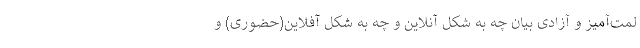
لمت‌آمیز و آزادی بیان چه به شکل آنلاین و چه به شکل آفلاین(حضوری) و